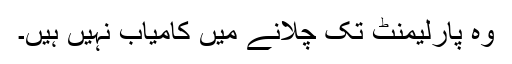
وہ پارلیمنٹ تک چلانے میں کامیاب نہیں ہیں۔